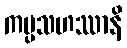
ကပ္ပသဟဿာနိ